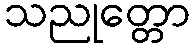
သညုတ္တော